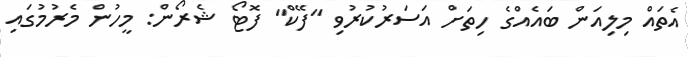
އެތައް މިލިއަން ބައެއްގެ ހިތަށް އަސަރުކުރުވި "ފޭކް" ފޮޓޯ ޝެރޯން: މީހުން މެރުމުގައި